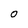
Character: 0